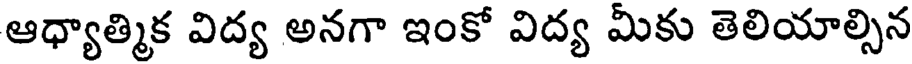
ఆధ్యాత్మిక విద్య అనగా ఇంకో విద్య మీకు తెలియాల్సిన